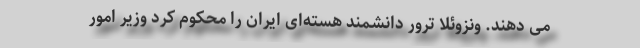
می دهند. ونزوئلا ترور دانشمند هسته‌ای ایران را محکوم کرد وزیر امور